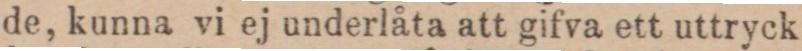
de, kunna vi ej underlåta att gifva ett uttryck